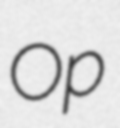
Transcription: Op